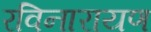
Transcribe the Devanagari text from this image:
रविनारायण